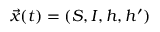
\vec { x } ( t ) = ( S , I , h , h ^ { \prime } )